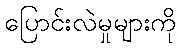
ပြောင်းလဲမှုများကို